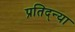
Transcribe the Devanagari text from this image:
प्रतिद्न्या